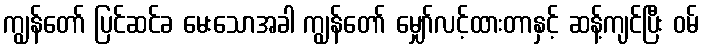
ကျွန်တော် ပြင်ဆင်ခ မေးသောအခါ ကျွန်တော် မျှော်လင့်ထားတာနှင့် ဆန့်ကျင်ပြီး ဝမ်